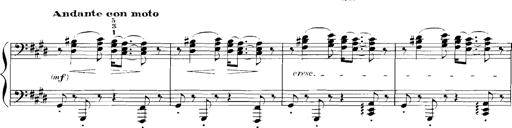
Title: Rhapsodies hongroises
Composer: Franz Liszt